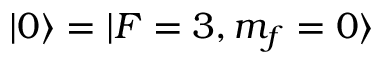
| 0 \rangle = | F = 3 , m _ { f } = 0 \rangle